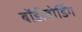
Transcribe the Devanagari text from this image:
बॉडीबोर्डिंग